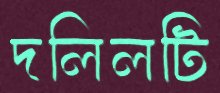
দলিলটি